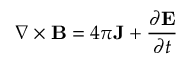
\nabla \times \mathbf { B } = 4 \pi \mathbf { J } + { \frac { \partial \mathbf { E } } { \partial t } }